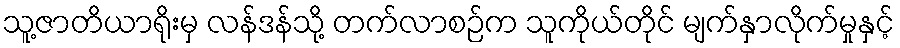
သူ့ဇာတိယာရိုးမှ လန်ဒန်သို့ တက်လာစဉ်က သူကိုယ်တိုင် မျက်နှာလိုက်မှုနှင့်